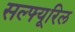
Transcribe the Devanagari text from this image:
सल्फ्यूरिल